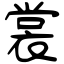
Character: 裳